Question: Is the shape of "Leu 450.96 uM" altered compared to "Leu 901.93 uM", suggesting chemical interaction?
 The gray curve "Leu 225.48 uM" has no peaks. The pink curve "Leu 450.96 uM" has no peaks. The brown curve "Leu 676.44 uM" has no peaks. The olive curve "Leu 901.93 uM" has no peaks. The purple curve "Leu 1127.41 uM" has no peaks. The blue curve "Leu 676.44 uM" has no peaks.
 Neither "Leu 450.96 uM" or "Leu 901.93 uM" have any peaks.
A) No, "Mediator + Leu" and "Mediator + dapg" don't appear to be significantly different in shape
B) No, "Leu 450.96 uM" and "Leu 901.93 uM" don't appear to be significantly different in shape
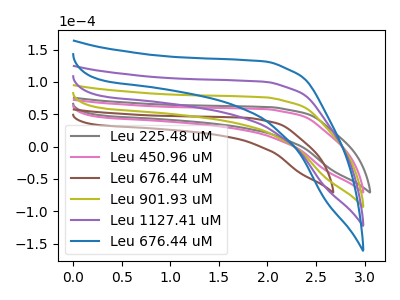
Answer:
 <answer>B) No, "Leu 450.96 uM" and "Leu 901.93 uM" don't appear to be significantly different in shape</answer>
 <eval>B</eval>